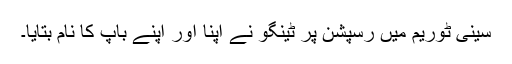
سینی ٹوریم میں رسپشن پر ٹینگو نے اپنا اور اپنے باپ کا نام بتایا۔